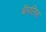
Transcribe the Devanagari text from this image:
बेंगलिस